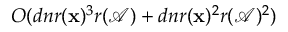
O ( d n r ( \mathbf { x } ) ^ { 3 } r ( \mathcal { A } ) + d n r ( \mathbf { x } ) ^ { 2 } r ( \mathcal { A } ) ^ { 2 } )